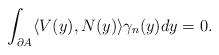
LaTeX: \begin{align*}\int_{\partial A}\langle V(y),N(y)\rangle \gamma_{n}(y)dy=0.\end{align*}